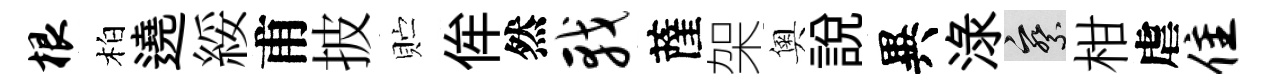
根柏遶綏甫披贮侔然戟薩架奧說異渌察柑虐隹